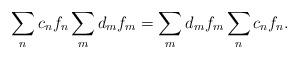
LaTeX: \begin{align*}\sum_n c_n f_n \* \sum_m d_m f_m =\sum_m d_m f_m \* \sum_n c_n f_n .\end{align*}